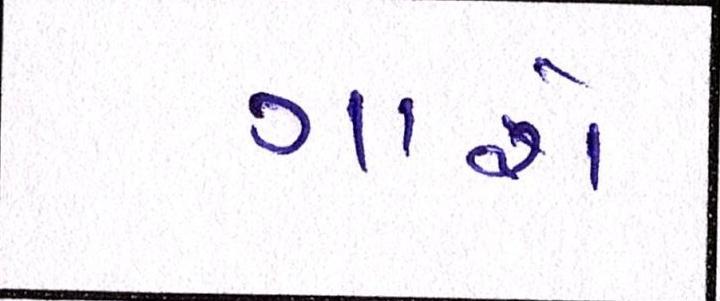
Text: ગાશે